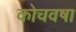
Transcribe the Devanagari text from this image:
कोचवषा